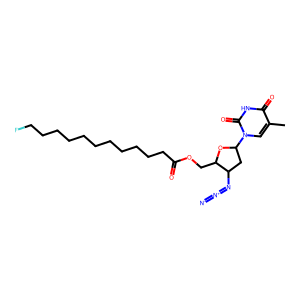
SMILES: Cc1cn(C2CC(N=[N+]=[N-])C(COC(=O)CCCCCCCCCCCF)O2)c(=O)[nH]c1=O
Inhibits HIV replication: Yes